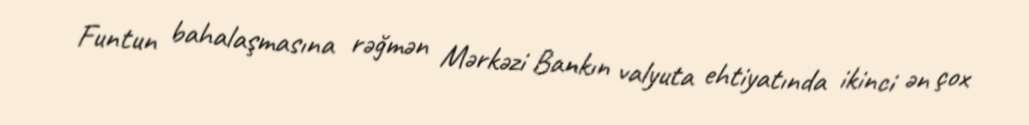
Funtun bahalaşmasına rəğmən Mərkəzi Bankın valyuta ehtiyatında ikinci ən çox